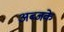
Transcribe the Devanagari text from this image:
अब्जके